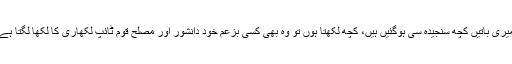
میری باتیں کچھ سنجیدہ سی ہوگئیں ہیں، کچھ لکھتا ہوں تو وہ بھی کسی بزعم خود دانشور اور مصلح قوم ٹائپ لکھاری کا لکھا لگتا ہے۔